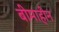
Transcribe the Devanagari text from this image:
बीमाहीन